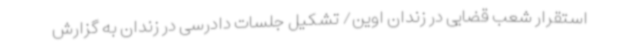
استقرار شعب قضایی در زندان اوین/ تشکیل جلسات دادرسی در زندان به گزارش